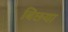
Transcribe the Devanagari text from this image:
बिछया